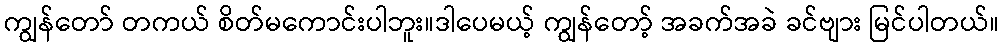
ကျွန်တော် တကယ် စိတ်မကောင်းပါဘူး။ဒါပေမယ့် ကျွန်တော့် အခက်အခဲ ခင်ဗျား မြင်ပါတယ်။